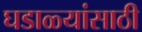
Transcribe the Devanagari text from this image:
घडाळ्यांसाठी